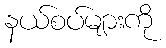
နယ်စပ်များကို